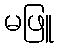
မဖြူ